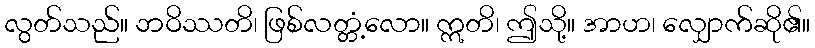
လွတ်သည်။ ဘဝိဿတိ၊ ဖြစ်လတ္တံ့လော။ ဣတိ၊ ဤသို့။ အာဟ၊ လျှောက်ဆို၏။